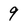
Character: 9